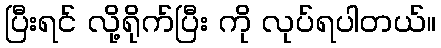
ပြီးရင် လို့ရိုက်ပြီး ကို လုပ်ရပါတယ်။